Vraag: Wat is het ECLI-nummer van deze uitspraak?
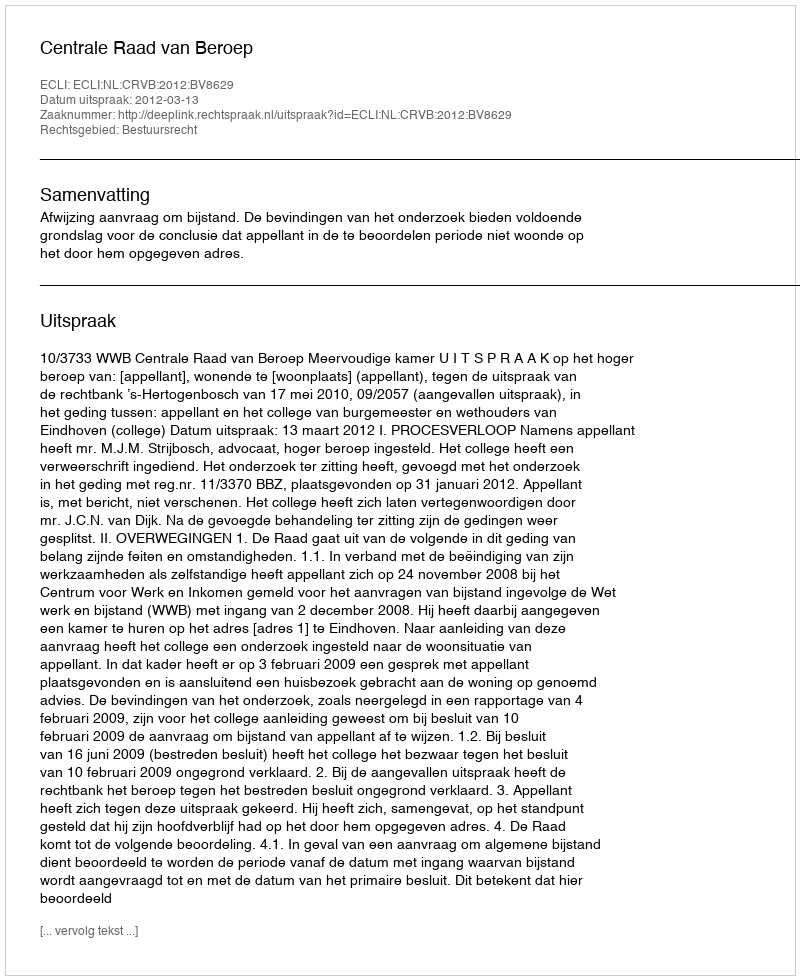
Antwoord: ECLI:NL:CRVB:2012:BV8629